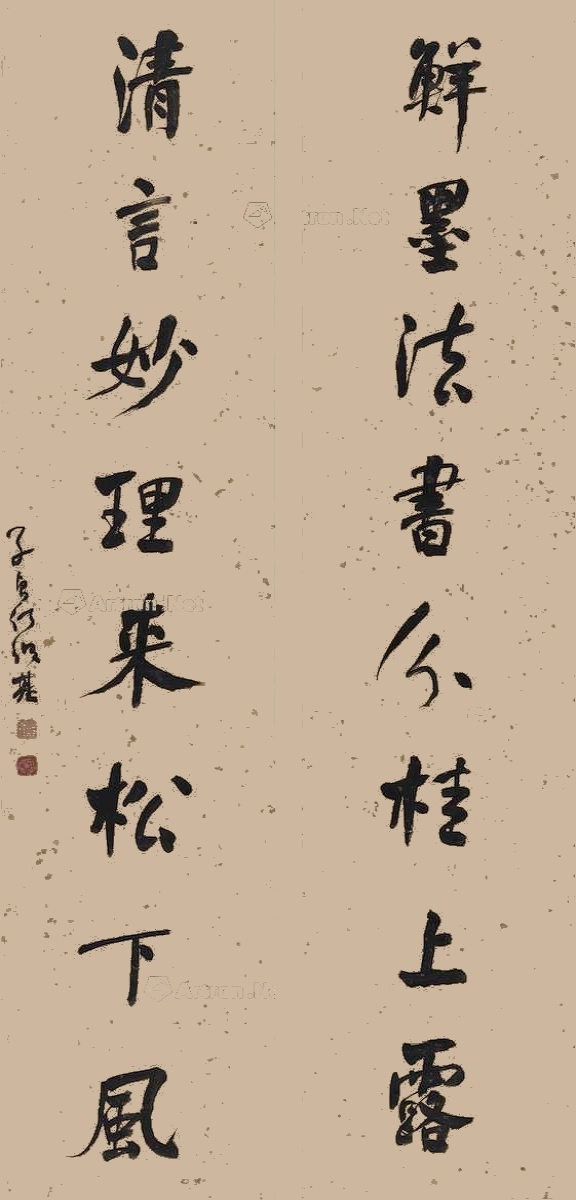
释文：鲜墨法书分桂上露，清言妙理来松下风。子贞何绍基。